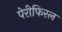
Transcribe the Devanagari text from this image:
पेरीफिरल